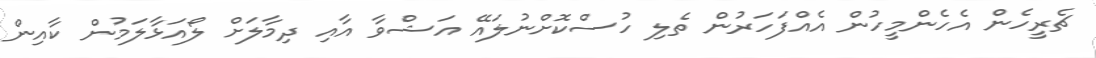
ޗެރީހެން އެހެންމީހުން އެއްފަހަރުން ތެލި ހުސްކޮށްނުލައޭ އަޝްވާ އާއި ދިމާލަށް ލޯއަޅާލަމުން ކާއިން